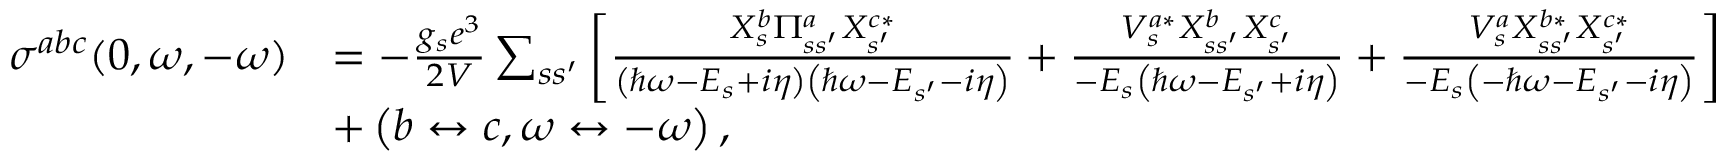
\begin{array} { r l } { \sigma ^ { a b c } ( 0 , \omega , - \omega ) } & { = - \frac { g _ { s } e ^ { 3 } } { 2 V } \sum _ { s s ^ { \prime } } \left[ \frac { X _ { s } ^ { b } \Pi _ { s s ^ { \prime } } ^ { a } X _ { s ^ { \prime } } ^ { c * } } { \left( \hbar \omega - E _ { s } + i \eta \right) \left( \hbar \omega - E _ { s ^ { \prime } } - i \eta \right) } + \frac { V _ { s } ^ { a * } X _ { s s ^ { \prime } } ^ { b } X _ { s ^ { \prime } } ^ { c } } { - E _ { s } \left( \hbar \omega - E _ { s ^ { \prime } } + i \eta \right) } + \frac { V _ { s } ^ { a } X _ { s s ^ { \prime } } ^ { b * } X _ { s ^ { \prime } } ^ { c * } } { - E _ { s } \left( - \hbar \omega - E _ { s ^ { \prime } } - i \eta \right) } \right] } \\ & { + \left( b \leftrightarrow c , \omega \leftrightarrow - \omega \right) , } \end{array}